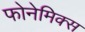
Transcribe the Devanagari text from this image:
फोनेमिक्स